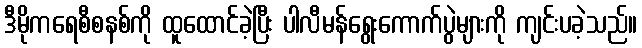
ဒီမိုကရေစီစနစ်ကို ထူထောင်ခဲ့ပြီး ပါလီမန်ရွေးကောက်ပွဲများကို ကျင်းပခဲ့သည်။